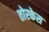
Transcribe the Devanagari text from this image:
तोरकेस